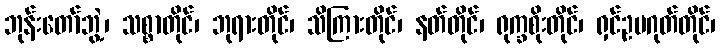
ဘုန်းတော်ဘွဲ့၊ သစ္စာတိုင်၊ ဘုရားတိုင်၊ သိကြားတိုင်၊ နတ်တိုင်၊ ရုက္ခစိုးတိုင်၊ ရှင်ဥပဂုတ်တိုင်၊